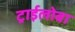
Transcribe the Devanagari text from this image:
ट्राईलोबा